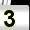
Digit: 3